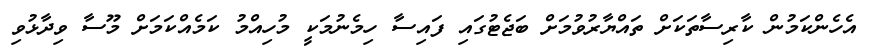
އެހެންކަމުން ކާރިސާތަކަށް ތައްޔާރުވުމަށް ބަޖެޓުގައި ފައިސާ ހިމެނުމަކީ މުހިއްމު ކަމެއްކަމަށް މޫސާ ވިދާޅުވި